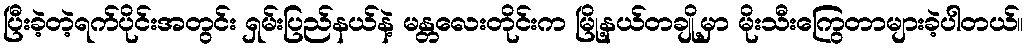
ပြီးခဲ့တဲ့ရက်ပိုင်းအတွင်း ရှမ်းပြည်နယ်နဲ့ မန္တလေးတိုင်းက မြို့နယ်တချို့မှာ မိုးသီးကြွေတာများခဲ့ပါတယ်။